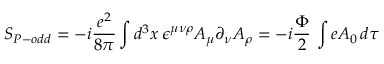
S _ { P - o d d } = - i \frac { e ^ { 2 } } { 8 \pi } \int d ^ { 3 } x \, \epsilon ^ { \mu \nu \rho } A _ { \mu } \partial _ { \nu } A _ { \rho } = - i \frac { \Phi } { 2 } \, \int e A _ { 0 } \, d \tau